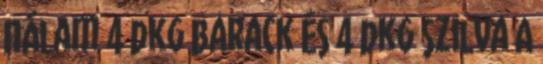
nálam 4 dkg barack és 4 dkg szilva A